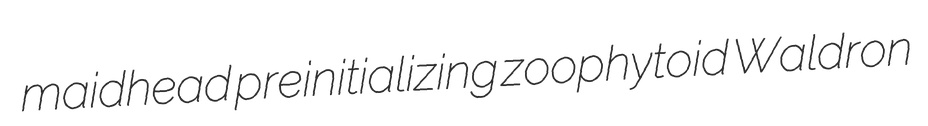
maidhead preinitializing zoophytoid Waldron